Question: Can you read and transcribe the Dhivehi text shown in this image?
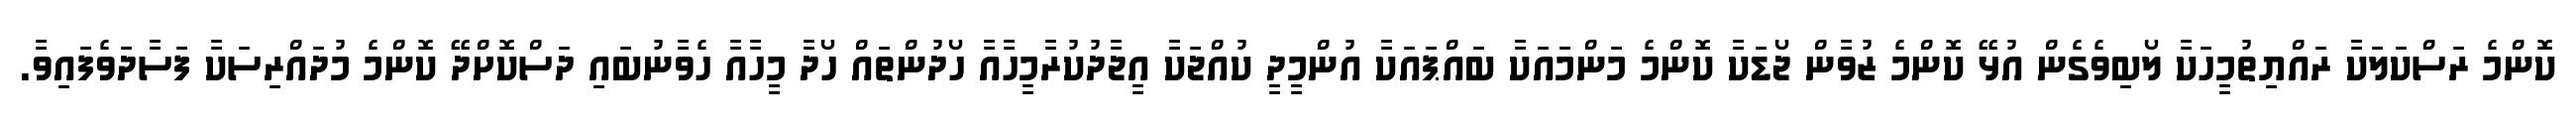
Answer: ކޮންމެ ރަސްކަލަކާ ރައްޔިތުމީހަކާ ލޯބިވެގެން އުޅޭ ކޮންމެ ޒުވާން ޖޯޑަކާ ކޮންމެ މަންމައަކާ ބައްޕައަކާ އުންމީދީ ކުއްޖަކާ އީޖާދުކުރާމީހާއާ ހޯދުންތައް ހޯދާ މީހާއާ ހެވާނުބައި ދަސްކޮށްދޭ ކޮންމެ މުދައްރިސަކާ ފަސާދަވެފައިވާ.